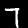
Digit: 7